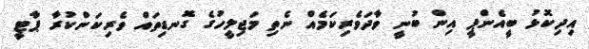
އިދިކޮޅު ބީއެންޕީ އިން ބުނީ ވާދަވެރިކަމެއް ނެތި މަޖިލީހުގެ ގޮނޑިތައް ވެރިކަންކުރާ ޕާޓީ